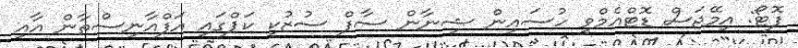
ފޮޓޯ: އިމޭޖަސް ޑޮޓްއެމްވީ ހުސައިން ޝިނާން ސާފް ސުޒުކީ ކަޕްގައި އަފްއާނިސްތާން އާއި